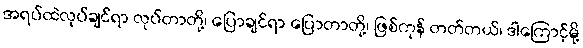
အရပ်ထဲလုပ်ချင်ရာ လုပ်တာတို့၊ ပြောချင်ရာ ပြောတာတို့၊ ဖြစ်ကုန် တတ်တယ်၊ ဒါကြောင့်မို့